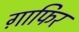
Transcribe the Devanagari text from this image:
ग़ाफिर